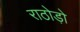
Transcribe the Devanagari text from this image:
राठोड़ो